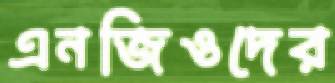
এনজিওদের